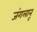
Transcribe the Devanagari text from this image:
जंगलानू